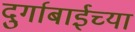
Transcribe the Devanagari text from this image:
दुर्गाबाईच्या